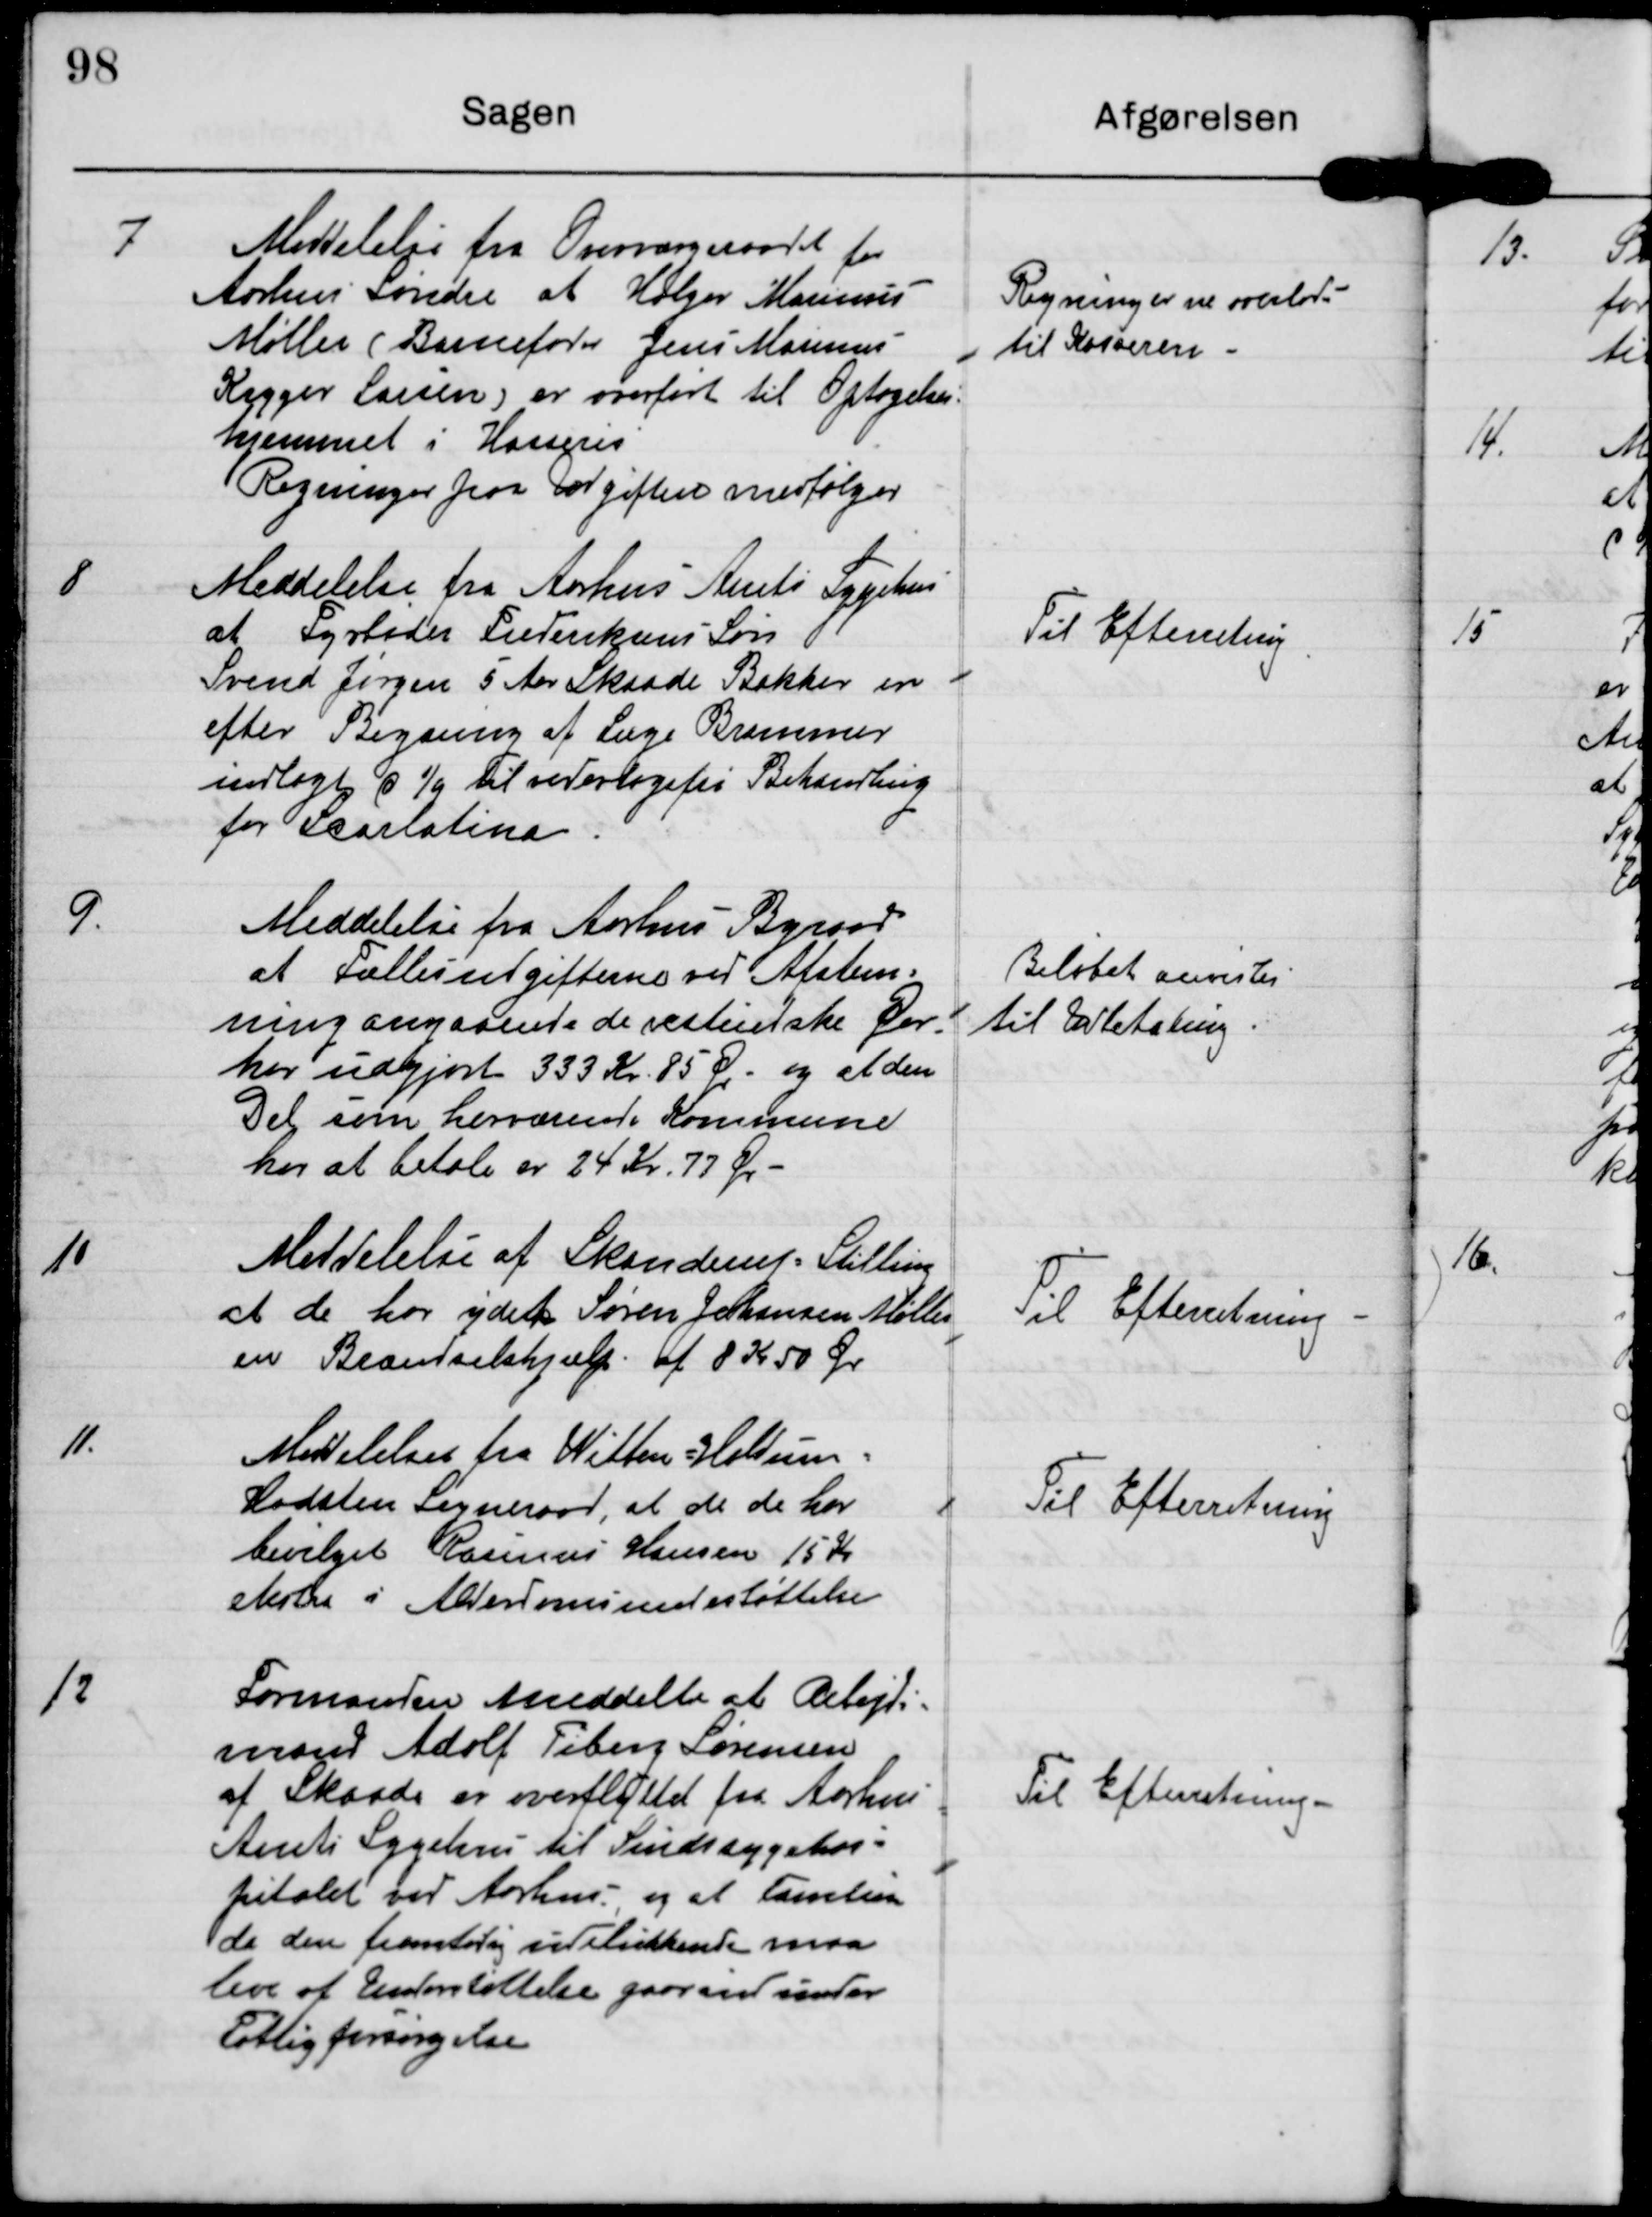
Transskription:
7.

Meddelelse fra Overværgeraadet for
Aarhus Søndre at Holger Marinus
Møller (Barnefader Jens Marinus
Kryger Larsen) er overført til Optagelses-
hjemmet i Hasseris
Regninger paa Udgiften medfølger

Regninger er overladt
til Kasseren

8

Meddelelse fra Aarhus Amts Sygehus
at Fyrbøder Frederiksens Søn
Svend Jørgen 5 Aar Skaade Bakker er
efter Begæring af Læge Brammer
indlagt d 1/9 til vederlagsfri Behandling
for Scarlatina

Til Efterretning

9.

Meddelelse fra Aarhus Byraad
at Fællesudgifterne ved Afstem-
ning angaaende de vestindiske Øer
har udgjort 333 kr 85 Ør og at den
Del som herværende Kommune
har at betale er 24 kr 77 Ør.

Beløbet anvistes
til Udbetaling

10

Meddelelse af Skanderup Stilling
at de har ydet Søren Johansen Møller
en Brændselshjælp af 8 kr 50 Ør

Til Efterretning

11.

Meddelelse fra Witten Haldum
Hadsten Sogneraad, at de de har
bevilget Rasmus Hansen 15 kr
ekstra i Aldersomsunderstøttelse

Til Efterretning

12

Formanden meddelte at Arbejds-
mand Adolf Fiberg Sørensen
af Skaade er overflyttet fra Aarhus
Amts Sygehus til Sindsygehos-
pitalet ved Aarhus, og at Familien
da den fremtidig udelukkende maa
leve af Understøttelse gaar ind under
Fattigforsørgelse.

Til Efterretning